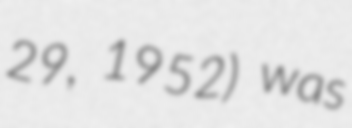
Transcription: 29, 1952) was